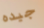
جيده